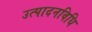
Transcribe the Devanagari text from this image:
उत्पादनविधि